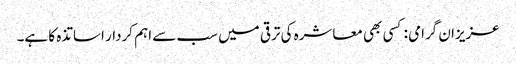
عزیزان گرامی : کسی بھی معاشرہ کی ترقی میں سب سے اہم کردار اساتذہ کا ہے۔